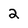
Character: 2